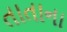
તાતાના